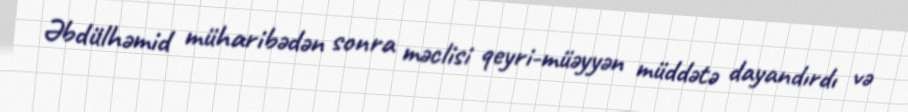
Əbdülhəmid müharibədən sonra məclisi qeyri-müəyyən müddətə dayandırdı və